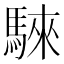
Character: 騋